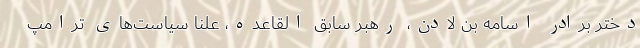
دختر برادر اسامه بن لادن، رهبر سابق القاعده، علنا سیاست‌های ترامپ